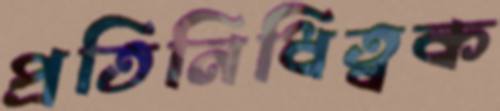
প্রতিনিধিত্বক